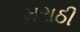
મરાઠી